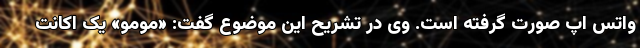
واتس‌ اپ صورت گرفته است. وی در تشریح این موضوع گفت: «مومو» یک اکانت